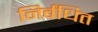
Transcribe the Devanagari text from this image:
निर्बंधित